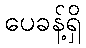
ပေခန့်ရှိ